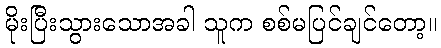
မိုးပြီးသွားသောအခါ သူက စစ်မပြင်ချင်တော့။